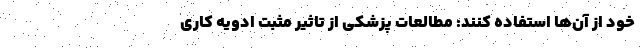
خود از آن‌ها استفاده کنند: مطالعات پزشکی از تاثیر مثبت ادویه کاری